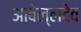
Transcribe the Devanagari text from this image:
आवेल्लदेव